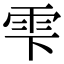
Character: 雫